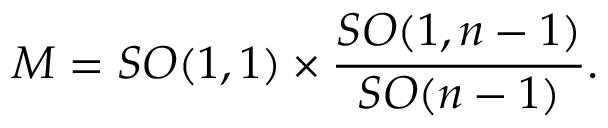
{ \cal M } = { S O ( 1 , 1 ) } \times { \frac { S O ( 1 , n - 1 ) } { S O ( n - 1 ) } } .